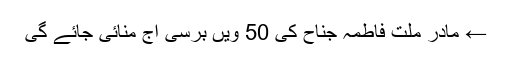
← مادر ملت فاطمہ جناح کی 50 ویں برسی آج منائی جائے گی